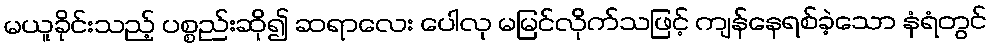
မယူခိုင်းသည့် ပစ္စည်းဆို၍ ဆရာလေး ပေါလု မမြင်လိုက်သဖြင့် ကျန်နေရစ်ခဲ့သော နံရံတွင်